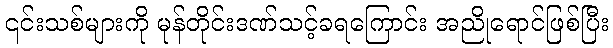
၎င်းသစ်များကို မုန်တိုင်းဒဏ်သင့်ခရကြောင်း အညိုရောင်ဖြစ်ပြီး